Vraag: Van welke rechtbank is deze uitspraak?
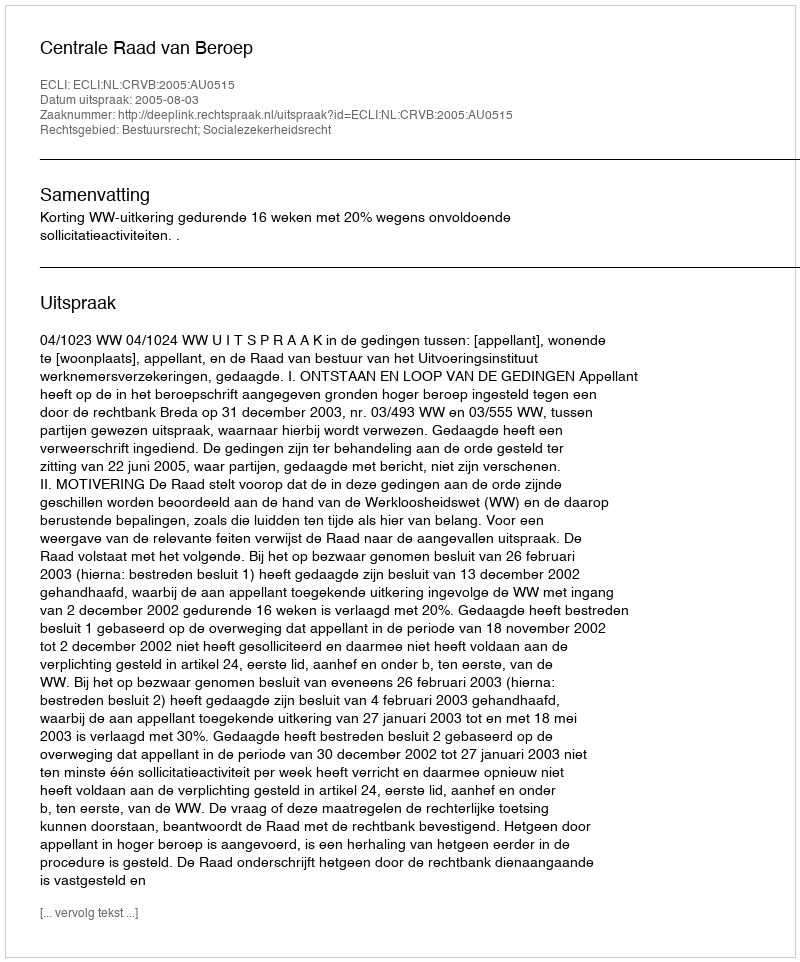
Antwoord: Centrale Raad van Beroep